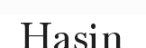
Hasin